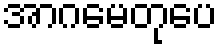
အာဂမေတုပေ